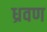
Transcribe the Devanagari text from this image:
ध्रवण